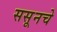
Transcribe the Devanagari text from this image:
ससूनचे